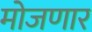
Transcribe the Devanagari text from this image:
मोजणार